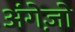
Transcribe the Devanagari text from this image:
अंगेज़ो